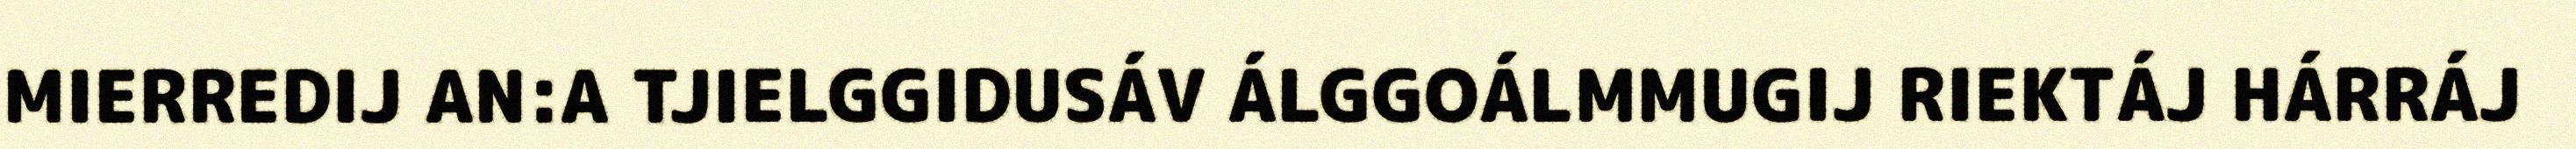
MIERREDIJ AN:A TJIELGGIDUSÁV ÁLGGOÁLMMUGIJ RIEKTÁJ HÁRRÁJ